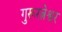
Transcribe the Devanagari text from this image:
गुरूरत्नेश्वर